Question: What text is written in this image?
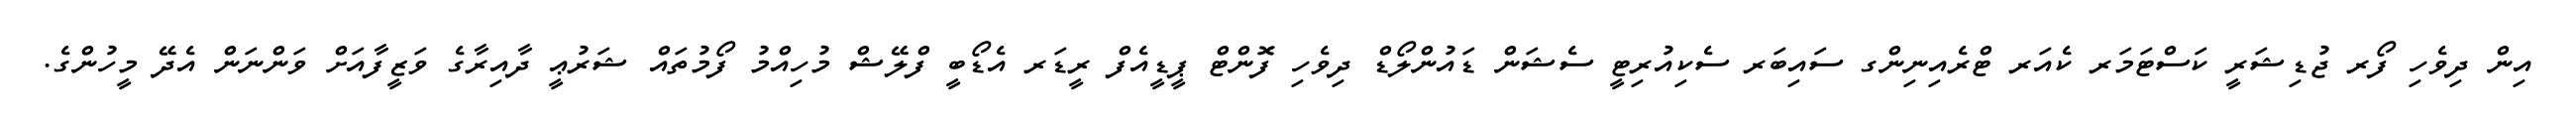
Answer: އިން ދިވެހި ފޯރ ޖުޑިޝަރީ ކަސްޓަމަރ ކެއަރ ޓްރެއިނިންގ ސައިބަރ ސެކިއުރިޓީ ސެޝަން ޑައުންލޯޑް ދިވެހި ފޮންޓް ޕީޑީއެފް ރީޑަރ އެޑޯބީ ފްލޭޝް މުހިއްމު ފޯމުތައް ޝަރުޢީ ދާއިރާގެ ވަޒީފާއަށް ވަންނަން އެދޭ މީހުންގެ.